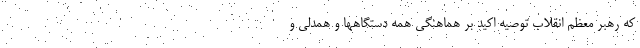
که رهبر معظم انقلاب توصیه اکید بر هماهنگی همه دستگاهها و همدلی و